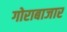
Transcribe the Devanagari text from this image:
गोराबाजार